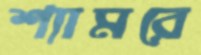
শ্যামরে